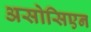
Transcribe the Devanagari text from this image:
असोसिएन